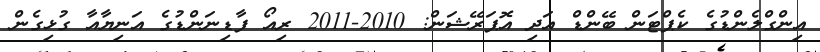
އިންގްލެންޑުގެ ކެޕްޓަން ބޭންޑް އަދި އޮޕަރޭޝަން: 2010-2011 ރިއޯ ފާޑިނަންޑުގެ އަނިޔާއާ ގުޅިގެން